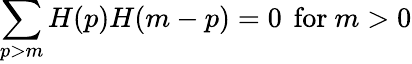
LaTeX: \sum_{p>m}H(p)H(m-p)=0\, \mathrm{~for~}m>0